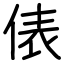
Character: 俵